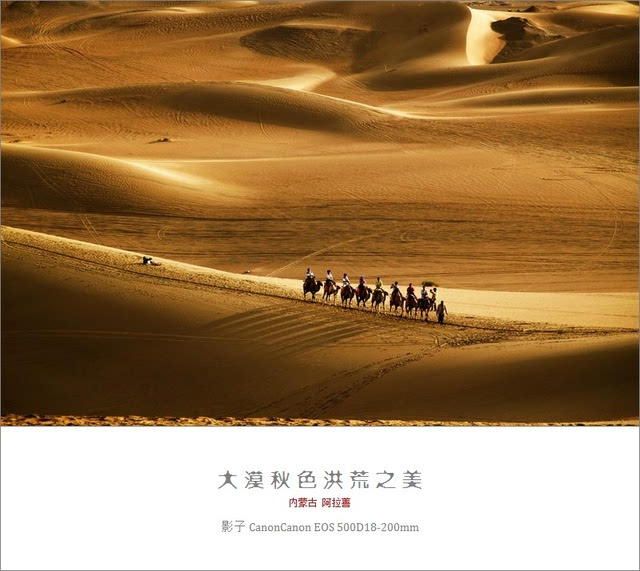
大漠风尘日色昏，红旗半卷出辕门。